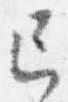
亡